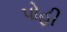
પોહી